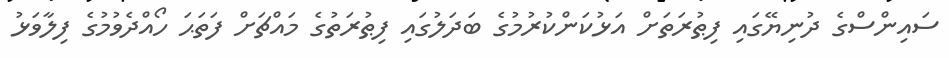
ސައިންސްގެ ދުނިޔޭގައި ފިޠުރަތަށް އަޅުކަންކުރުމުގެ ބަދަލުގައި ފިޠުރަތުގެ މައްޗަށް ފަތަޙަ ހޯއްދެވުމުގެ ފިލާވަޅު